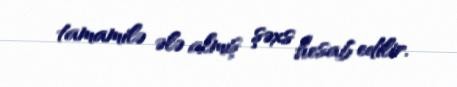
tamamilə ələ almış şəxs hesab edilir.